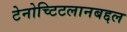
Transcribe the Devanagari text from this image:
टेनोच्टिटलानबद्दल